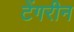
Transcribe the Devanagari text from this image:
टेंगरीन